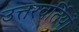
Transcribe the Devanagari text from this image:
उत्तरवर्तियों